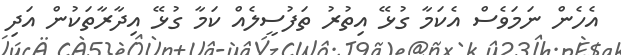
އެހެން ނަމަވެސް އެކަމާ ގުޅޭ އިތުރު ތަފުސީލެއް ކަމާ ގުޅޭ އިދާރާތަކުން އަދި